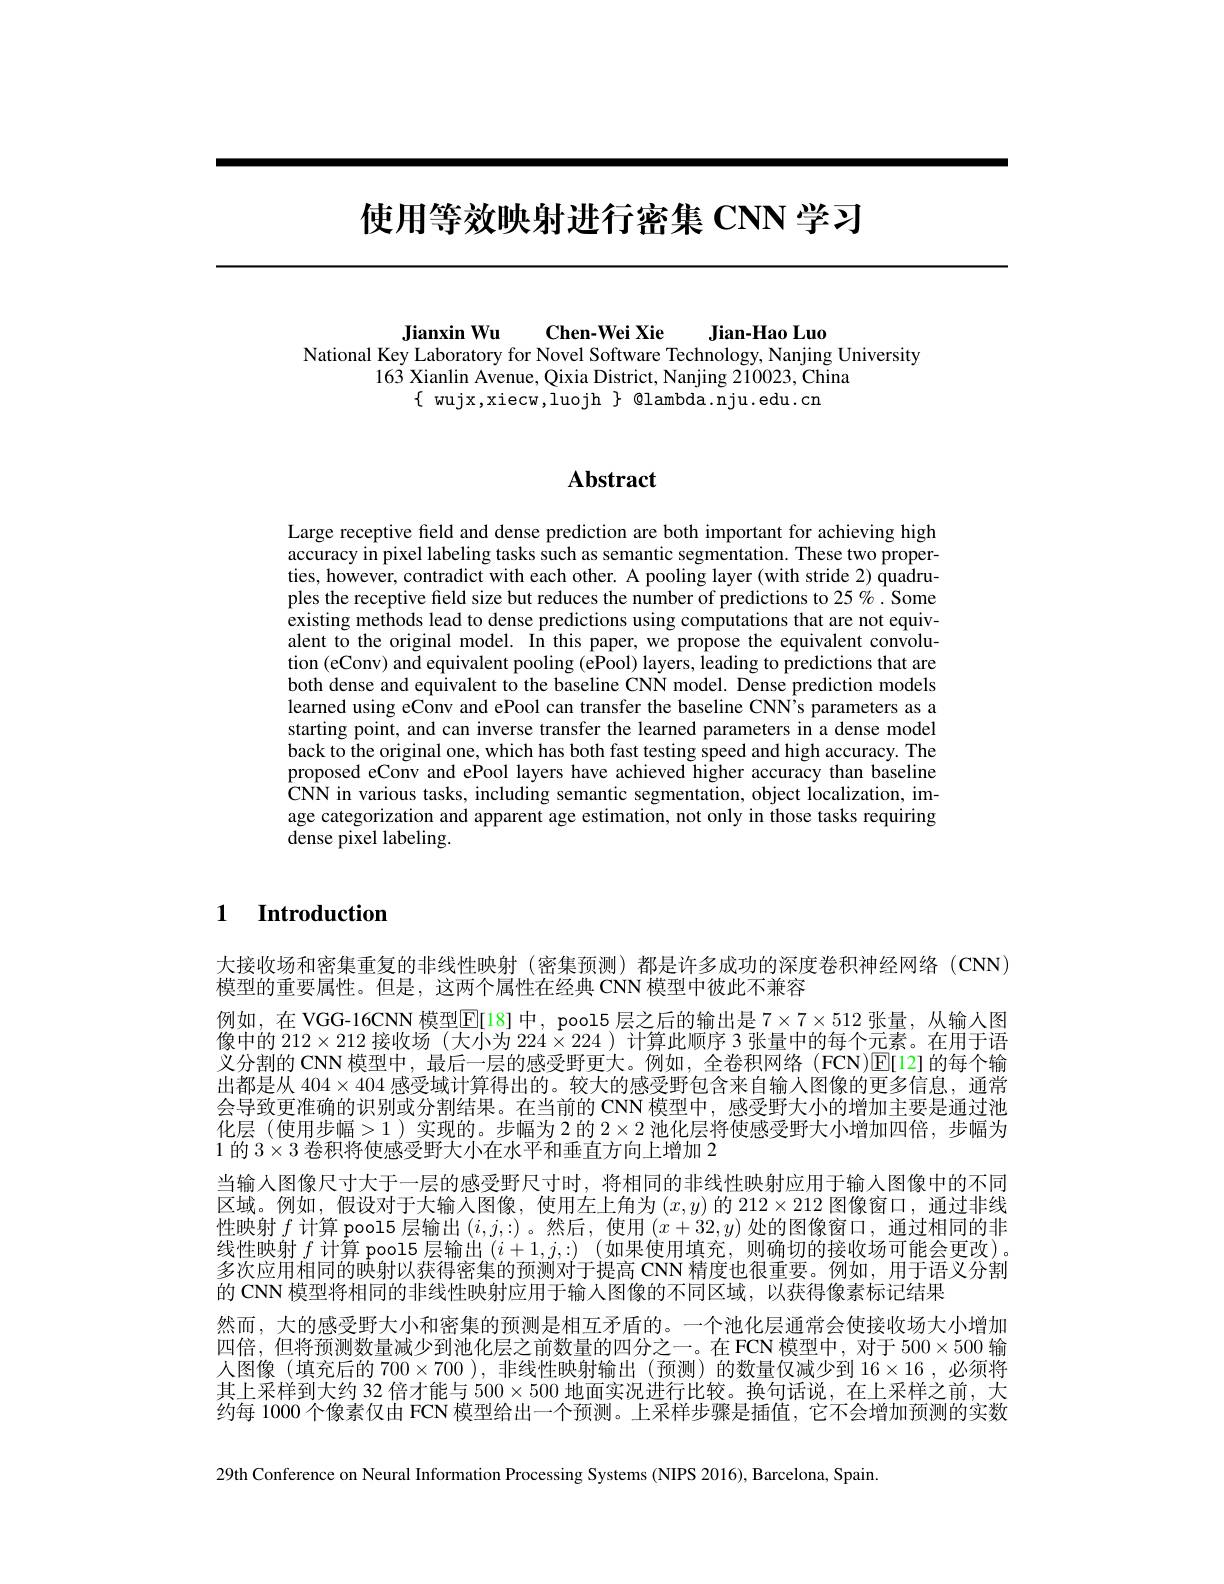
# 使用等效映射进行密集 CNN 学习

Jianxin Wu Chen-Wei Xie Jian-Hao Luo
National Key Laboratory for Novel Software Technology, Nanjing University
163 Xianlin Avenue, Qixia District, Nanjing 210023, China
$\{$ wujx,xiecw,luojh $\}$ @lambda.nju.edu.cn

# Abstract

Large receptive field and dense prediction are both important for achieving high $\tilde{\text{accuracy in pixel labeling tasks such as semantic segmentation. These two proper-}}$ ties, however, contradict with each other. A pooling layer (with stride 2) quadruples the receptive field size but reduces the number of predictions to 25%. Some existing methods lead to dense predictions using computations that are not equivalent to the original model. In this paper, we propose the equivalent convolution (eConv) and equivalent pooling (ePool) layers, leading to predictions that are both dense and equivalent to the baseline CNN model. Dense prediction models learned using eConv and ePool can transfer the baseline CNN's parameters as a starting point, and can inverse transfer the learned parameters in a dense model back to the original one, which has both fast testing speed and high accuracy. The proposed eConv and ePool layers have achieved higher accuracy than baseline CNN in various tasks, including semantic segmentation, object localization, image categorization and apparent age estimation, not only in those tasks requiring dense pixel labeling.

## 1 Introduction

大接收场和密集重复的非线性映射 (密集预测)都是许多成功的深度卷积神经网络 (CNN)
模型的重要属性。但是，这两个属性在经典 CNN 模型中彼此不兼容
例如，在 VGG-16CNN 模型$\mathbb{E}[18]$中，pool5 层之后的输出是$7\times7\times512$张量，从输入图像中的$212\times212$接收场 (大小为$224\times224$ )计算此顺序 3 张量中的每个元素。在用于语义分割的 CNN 模型中，最后一层的感受野更大。例如，全卷积网络 (FCN)[E[12]的每个输出都是从$404\times404$感受域计算得出的。较大的感受野包含来自输入图像的更多信息，通常会导致更准确的识别或分割结果。在当前的 CNN 模型中，感受野大小的增加主要是通过池化层 (使用步幅>1)实现的。步幅为2 的$2\times2$池化层将使感受野大小增加四倍，步幅为1的$3\times3$卷积将使感受野大小在水平和垂直方向上增加 2
当输人图像尺寸大于一层的感受野尺寸时，将相同的非线性映射应用于输人图像中的不同区域。例如，假设对于大输人图像，使用左上角为$(x,y)$的 212$\times212$图像窗口，通过非线性映射$f$计算 pool5 层输出$(i,j,:)$ 。然后，使用$(x+32,y)$处的图像窗口，通过相同的非线性映射$f$计算 pool5 层输出$(i+1,j,:)$ (如果使用填充，则确切的接收场可能会更改)。多次应用相同的映射以获得密集的预测对于提高 CNN 精度也很重要。例如，用于语义分割的 CNN 模型将相同的非线性映射应用于输入图像的不同区域，以获得像素标记结果
然而，大的感受野大小和密集的预测是相互矛盾的。一个池化层通常会使接收场大小增加四倍，但将预测数量减少到池化层之前数量的四分之一。在 FCN 模型中，对于$500\times500$输人图像 (填充后的 700$\times700$ ),非线性映射输出 (预测) 的数量仅减少到 16$\times16$,必须将其上采样到大约 32 倍才能与$500\times500$地面实况进行比较。换句话说，在上采样之前，大约每 1000 个像素仅由 FCN 模型给出一个预测。上采样步骤是插值，它不会增加预测的实数

29th Conference on Neural Information Processing Systems (NIPS 2016), Barcelona, Spain